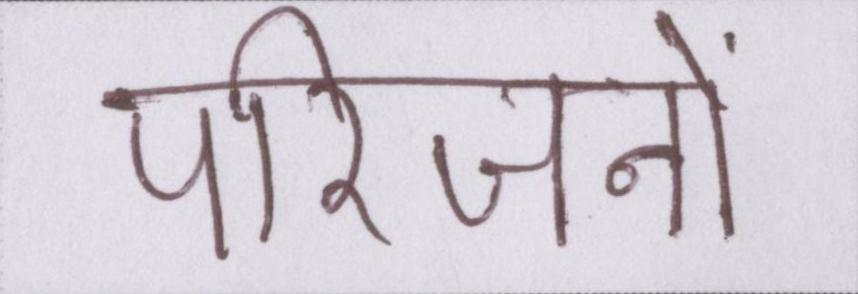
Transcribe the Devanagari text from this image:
परिजनों